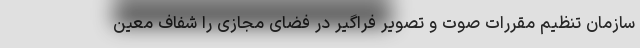
سازمان تنظیم مقررات صوت و تصویر فراگیر در فضای مجازی را شفاف معین